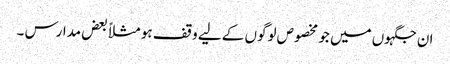
ان جگہوں میں جو مخصوص لوگوں کے لیے وقف ہو مثلاً بعض مدارس ۔